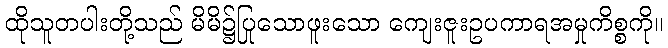
ထိုသူတပါးတို့သည် မိမိ၌ပြုသောဖူးသော ကျေးဇူးဥပကာရအမှုကိစ္စကို။